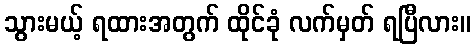
သွားမယ့် ရထားအတွက် ထိုင်ခုံ လက်မှတ် ရပြီလား။